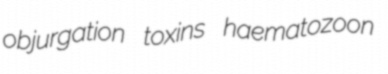
objurgation toxins haematozoon